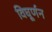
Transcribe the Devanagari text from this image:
विघूर्णन